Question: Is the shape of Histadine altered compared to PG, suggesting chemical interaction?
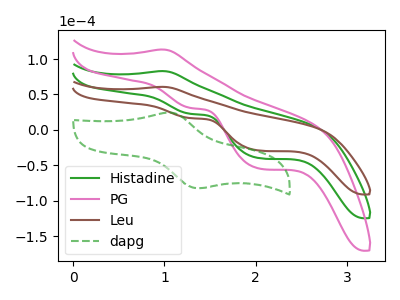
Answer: <think>The green curve "Histadine" has an anodic peak at (1.00V, 83.00uA) and cathodic peaks at (1.30V, 22.50uA) (2.05V, -40.20uA). The pink curve "PG" has an anodic peak at (1.00V, 165.95uA) and cathodic peaks at (1.30V, 45.00uA) (2.05V, -80.40uA). The brown curve "Leu" has an anodic peak at (1.00V, 60.70uA) and cathodic peaks at (1.30V, 16.45uA) (2.05V, -29.40uA). The green dashed curve "dapg" has an anodic peak at (1.05V, 24.35uA) and a cathodic peak at (1.40V, -82.30uA).
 All the peaks in "Histadine" have a peak in "PG" at the same potential.</think>
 <answer>No, "Histadine" and "PG" don't appear to be significantly different in shape</answer>
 <eval>no_change</eval>